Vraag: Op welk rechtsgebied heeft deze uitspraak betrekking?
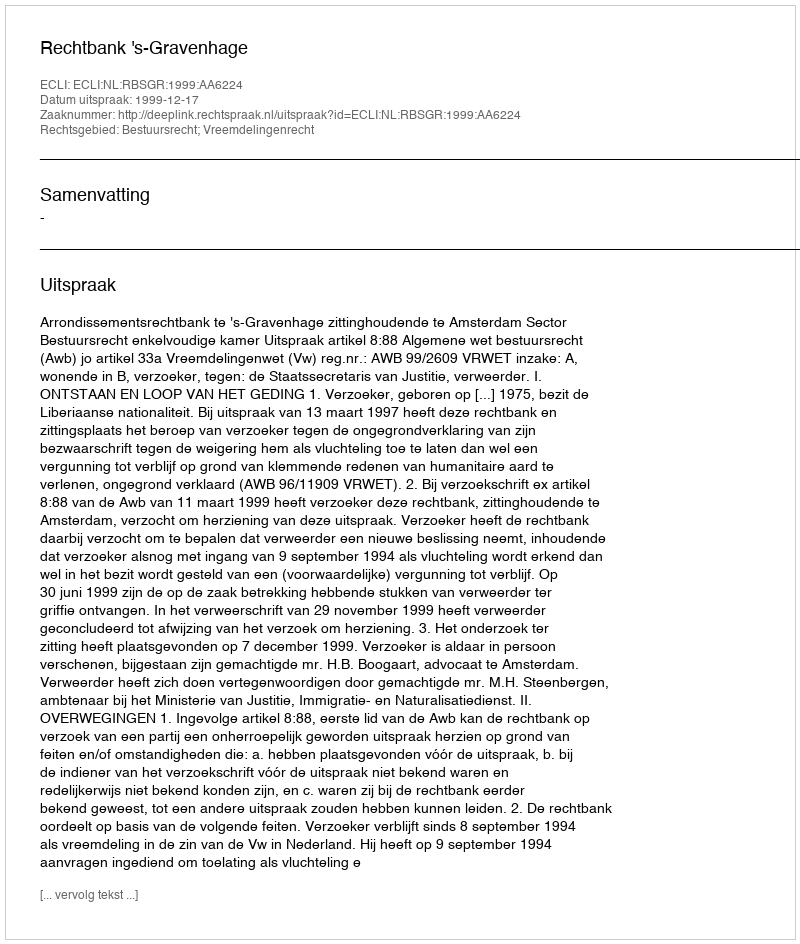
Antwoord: Bestuursrecht; Vreemdelingenrecht